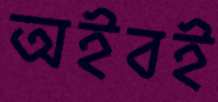
অইবই